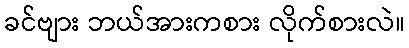
ခင်ဗျား ဘယ်အားကစား လိုက်စားလဲ။